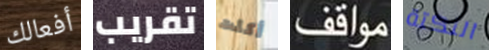
أفعالك تقريب أكلت مواقف النكتة